Problem: 8 × 6 = ?
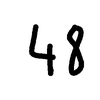
Handwritten answer: 48